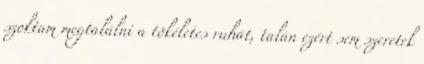
szoktam megtalálni a tökéletes ruhát, talán ezért sem szeretek